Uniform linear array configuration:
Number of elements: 12
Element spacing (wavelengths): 0.25
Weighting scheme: hamming
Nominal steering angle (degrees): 60
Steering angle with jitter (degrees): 61.951
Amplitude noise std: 0.05
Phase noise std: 0.05

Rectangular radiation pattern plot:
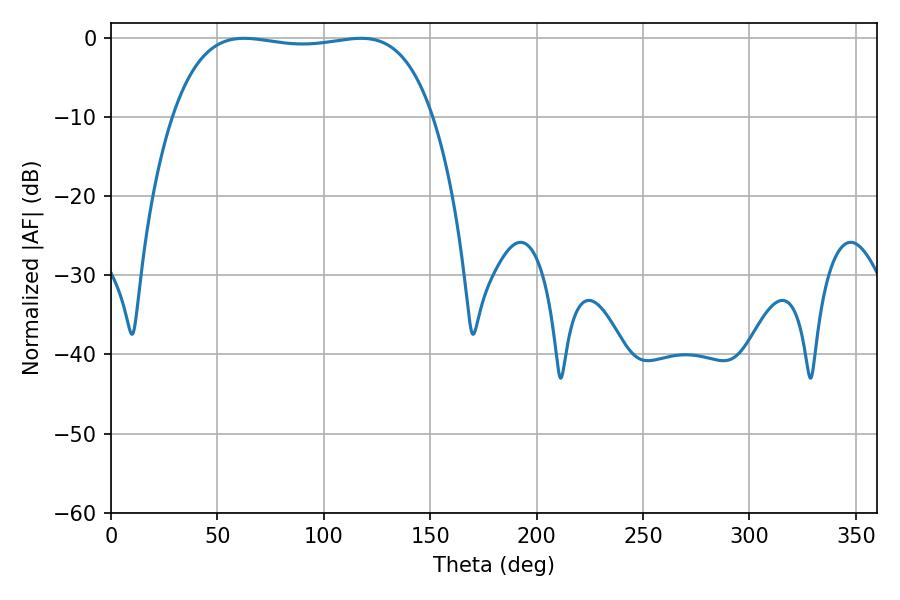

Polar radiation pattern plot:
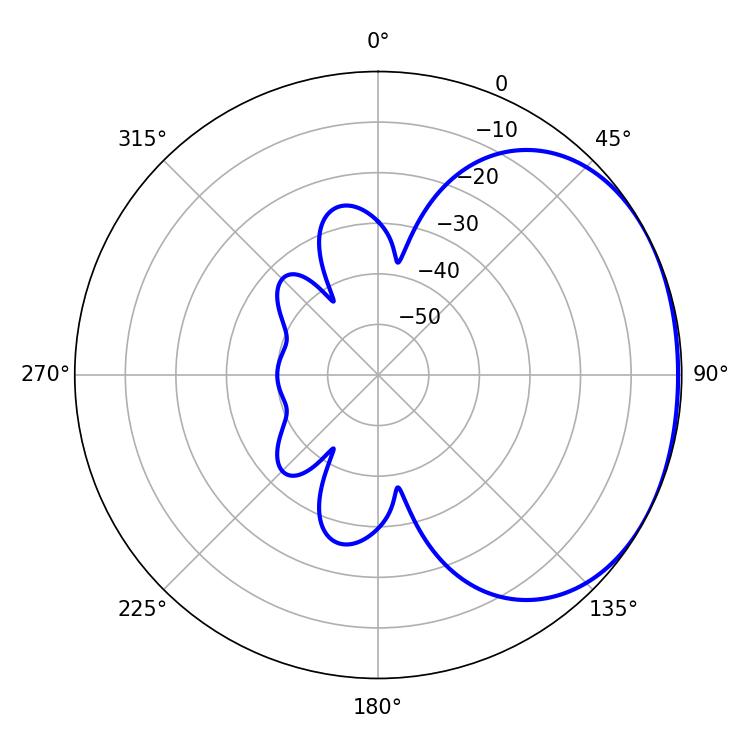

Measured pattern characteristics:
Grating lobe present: FALSE
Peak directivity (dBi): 1.507
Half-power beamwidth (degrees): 97.56
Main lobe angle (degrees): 62.46